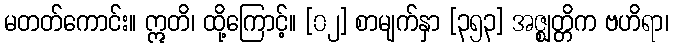
မတတ်ကောင်း။ ဣတိ၊ ထို့ကြောင့်။ [၀၂] စာမျက်နှာ [၃၅၃] အဇ္ဈတ္တိက ဗဟိရာ၊